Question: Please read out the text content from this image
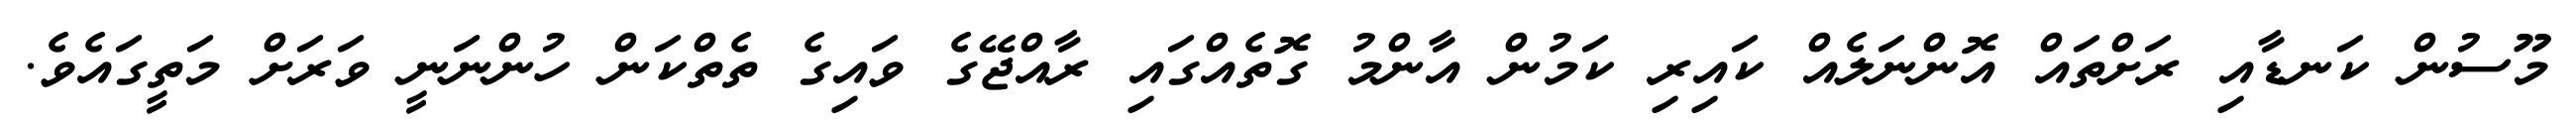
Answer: މޫސުން ކަނޑާއި ރަށްތައް އޮންނަލެއް ކައިރި ކަމުން އާންމު ގޮތެއްގައި ރާއްޖޭގެ ވައިގެ ތެތްކަން ހުންނަނީ ވަރަށް މަތީގައެވެ.